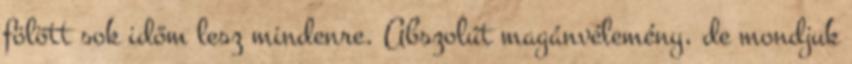
fölött sok időm lesz mindenre. Abszolút magánvélemény, de mondjuk